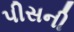
પીસની